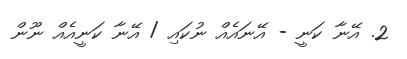
2. އޭނާ ކަނީ - އޭނައެއް ނުކައި / އޭނާ ކަނީއެއް ނޫން